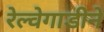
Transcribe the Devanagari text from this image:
रेल्वेगाडीने